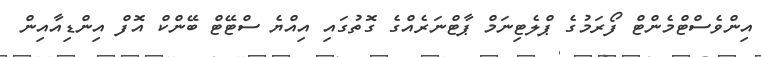
އިންވެސްޓްމެންޓް ފޯރަމުގެ ޕްލެޓިނަމް ޕާޓްނަރެއްގެ ގޮތުގައި އިއްޔެ ސްޓޭޓް ބޭންކް އޮފް އިންޑިއާއިން